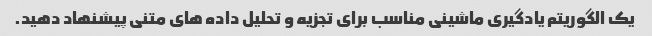
یک الگوریتم یادگیری ماشینی مناسب برای تجزیه و تحلیل داده های متنی پیشنهاد دهید.